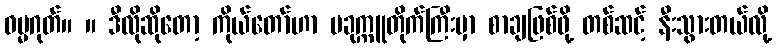
ဓမ္မဂုတ်။ ။ ဒီလိုဆိုတော့ ကိုယ်တော်ဟာ ပခုက္ကူတိုက်ကြီးမှာ စာချဖြစ်ဖို့ တစ်ဆင့် နီးသွားတယ်လို့